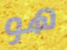
هو